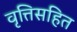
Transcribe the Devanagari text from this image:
वृत्तिसहित